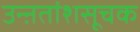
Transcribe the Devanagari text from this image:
उन्ऩतांशसूचक